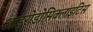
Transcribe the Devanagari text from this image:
आइरोडोसिक्लाइटिस